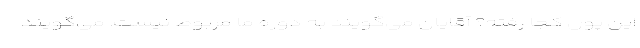
این پول کجا رفته؟ آقایان می‌گویند به دوره ما مربوط نیست. می‌گویند